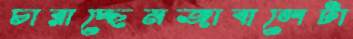
চারাচ্ছেনজাবালেটা